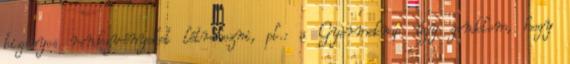
bizonyos rendezvényeket létrehozni, pl.: a Gyermeknap úgy gondolom, hogy